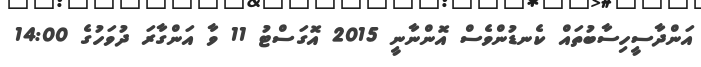
އަންދާސީހިސާބުތައް ކެނޑުންވެސް އޮންނާނީ 2015 އޮގަސްޓު 11 ވާ އަންގާރަ ދުވަހުގެ 14:00